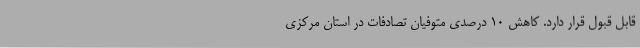
قابل قبول قرار دارد. کاهش 10 درصدی متوفیان تصادفات در استان مرکزی